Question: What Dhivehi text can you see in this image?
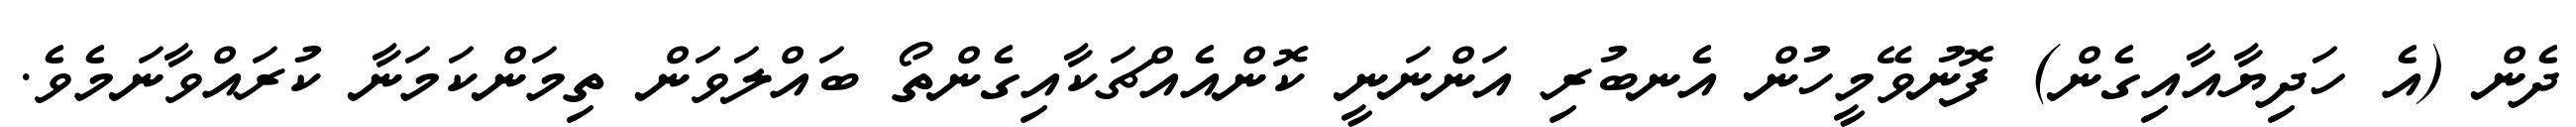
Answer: ދެން (އެ ހަދިޔާއާއިގެން) ފޮނުވޭމީހުން އެނބުރި އަންނަނީ ކޮންއެއްޗަކާއިގެންތޯ ބައްލަވަން ތިމަންކަމަނާ ކުރައްވާނަމެވެ.